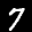
Label: 7